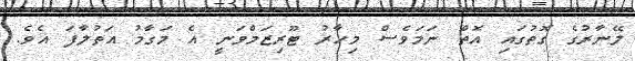
ލޭނާރުގެ ގޮތުގައި އޮތް ނަމަވެސް މިހާރު ޓޫރިޒަމްވަނީ އެ މަގާމު އަތުލާފަ އެވެ.